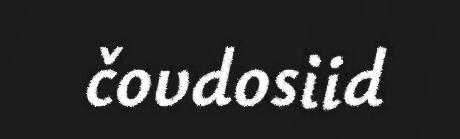
čovdosiid